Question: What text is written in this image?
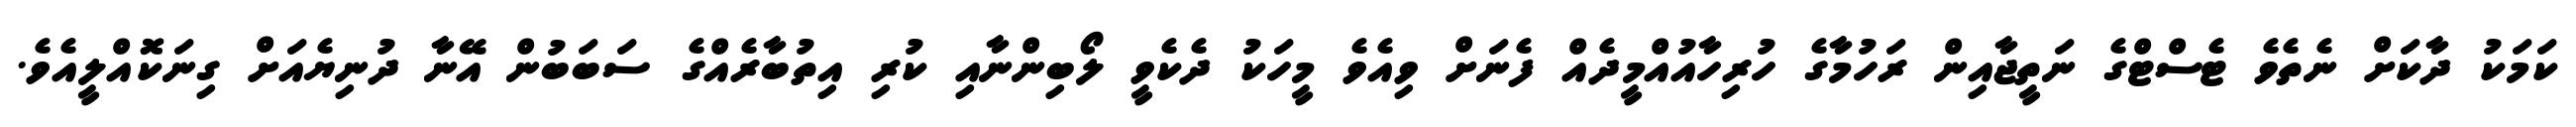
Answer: ކަމަކު ދާކަށް ނެތެވެ ޓެސްޓްގެ ނަތީޖާއިން ރަހުމާގެ ހުރިހާއުއްމީދެއް ފެނަށް ވިއެވެ މީހަކު ދެކެވީ ލޯބިންނާއި ކުރި އިތުބާރެއްގެ ސަބަބުން އޭނާ ދުނިޔެއަށް ގިނަކޮއްލީއެވެ.